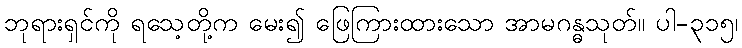
ဘုရားရှင်ကို ရသေ့တို့က မေး၍ ဖြေကြားထားသော အာမဂန္ဓသုတ်။ ပါ-၃၁၅၊